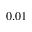
0 . 0 1